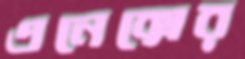
এনেক্সের